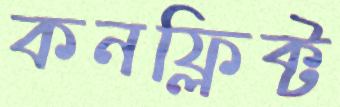
কনফ্লিক্ট